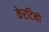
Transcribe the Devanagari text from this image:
केरटिनो